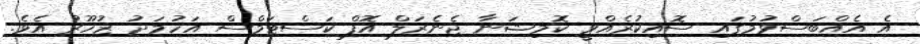
އެ އެއްބަސްވުމުގައި ސޮއިކުރެއްވީ ކޮމިޝަނާ ޖެނެރަލް އޮފް ކަސްޓަމްސް އަހުމަދު ޒުހޫރު އެވެ.